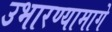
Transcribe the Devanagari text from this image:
उभारण्यामागे